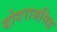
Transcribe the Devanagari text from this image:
योगराजसिंह